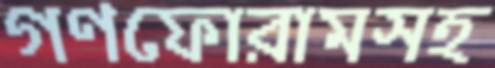
গণফোরামসহ